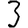
Digit: 3